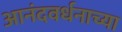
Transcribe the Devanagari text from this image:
आनंदवर्धनाच्या